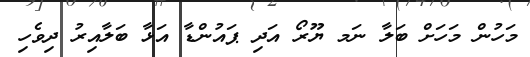
މަހުން މަހަށް ބަލާ ނަމ ޔޫރޯ އަދި ޕައުންޑާ އަޅާ ބަލާއިރު ދިވެހި